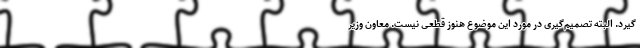
گیرد. البته تصمیم‌گیری در مورد این موضوع هنوز قطعی نیست. معاون وزیر